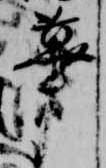
蓽